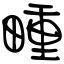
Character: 畽